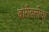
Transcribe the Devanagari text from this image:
बोरीवलीचा